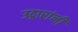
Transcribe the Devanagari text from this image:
उद्गारांनी